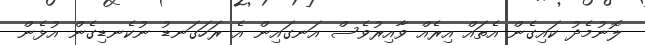
ލޮނުމެދު ކައިގެން އެތައް އިރެއް ވާއިރުވެސް އަނގައިން އެ ރަހަގަނޑު ނުކެނޑިގެން އުޅެން